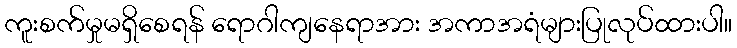
ကူးစက်မှုမရှိစေရန် ရောဂါကျနေရာအား အကာအရံများပြုလုပ်ထားပါ။